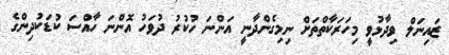
ޒައިނަލް ވިދާޅުވީ މިހަރަކާތްތަށް ނިމިގެންދާނީ އަންނަ ހުކުރު ދުވަހު އޮންނަ ހާއްސަ ކުޑަކުދިންގެ